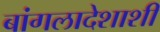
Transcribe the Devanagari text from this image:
बांगलादेशाशी